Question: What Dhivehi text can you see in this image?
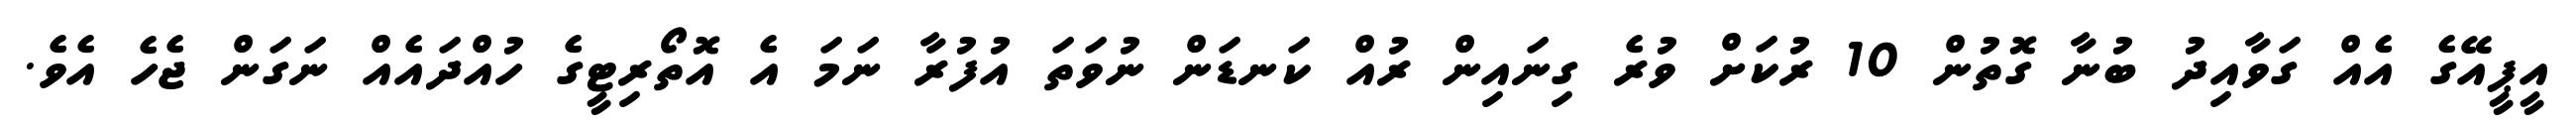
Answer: އީޕީއޭގެ އެއް ގަވާއިދު ބުނާ ގޮތުން 10 ރުކަށް ވުރެ ގިނައިން ރުއް ކަނޑަން ނުވަތަ އުފުރާ ނަމަ އެ އޮތޯރިޓީގެ ހުއްދައެއް ނަގަން ޖެހެ އެވެ.